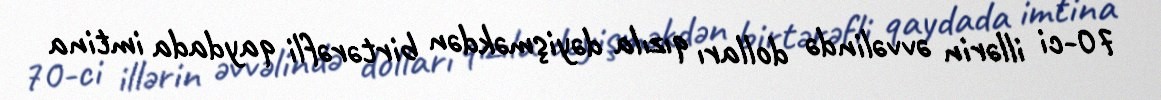
70-ci illərin əvvəlində dolları qızıla dəyişməkdən birtərəfli qaydada imtina